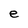
Character: e